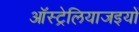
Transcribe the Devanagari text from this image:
ऑस्ट्रेलियाजइयों